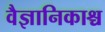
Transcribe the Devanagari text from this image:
वैज्ञानिकाश्च